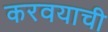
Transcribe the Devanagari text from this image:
करवयाची